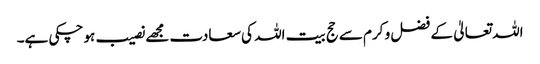
اللہ تعالیٰ کے فضل و کرم سے حج بیت اللہ کی سعادت مجھے نصیب ہو چکی ہے۔